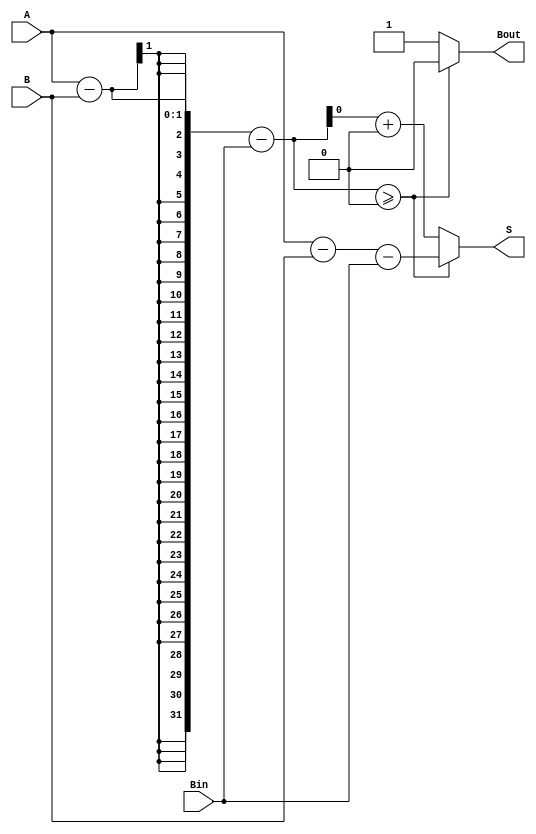
module full_subtractor (
    input A,
    input B,
    input Bin,
    output reg S,
    output reg Bout
);

always @(*) begin
    if (A - B - Bin >= 0) begin
        S = A - B - Bin;
        Bout = 0;
    end else begin
        S = A - B - Bin + 2;
        Bout = 1;
    end
end

endmodule